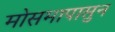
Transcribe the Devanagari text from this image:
मोसमापासुन